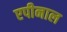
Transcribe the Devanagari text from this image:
एपीनाल